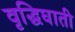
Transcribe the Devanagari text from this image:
वृद्धिघाती